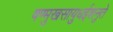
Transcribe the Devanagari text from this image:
षण्मुखसायुधईशनुते